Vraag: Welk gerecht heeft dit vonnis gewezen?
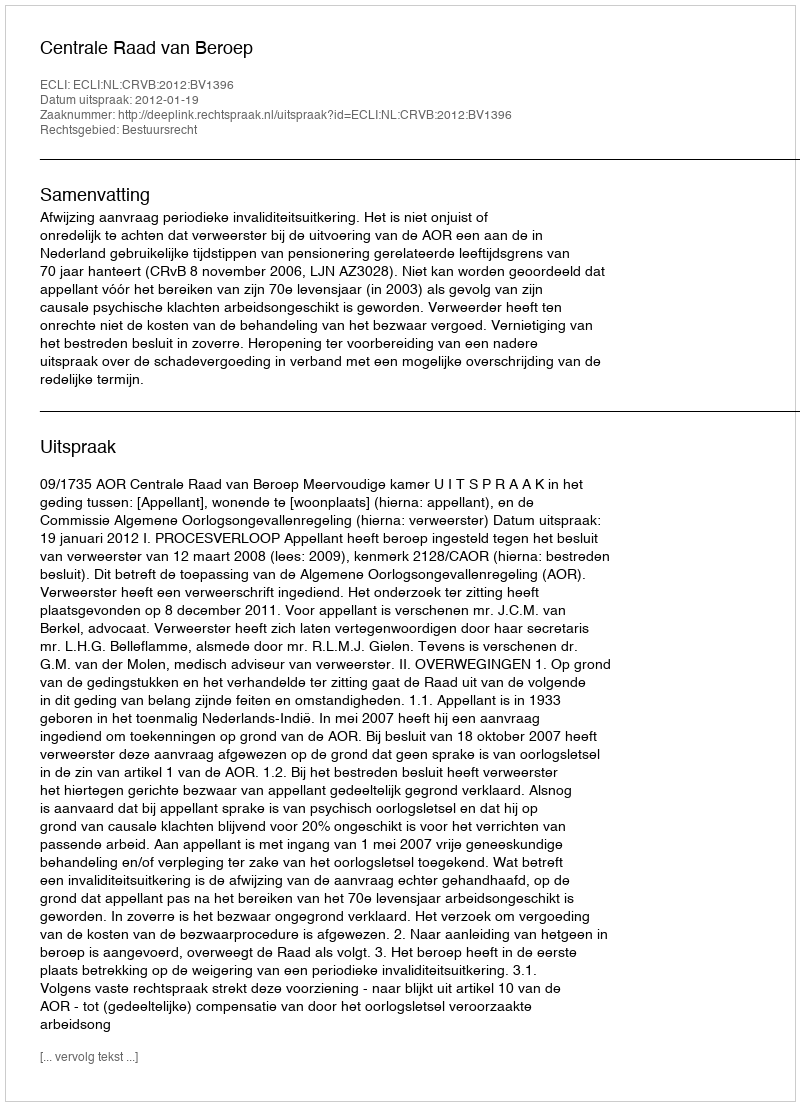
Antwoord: Centrale Raad van Beroep